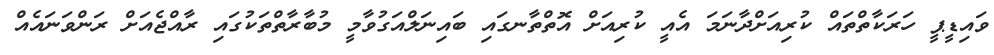
ވައިޑީޕީ ހަރަކާތްތައް ކުރިއަށްދާނަމަ އެއީ ކުރިއަށް އޮތްތާނގައި ބައިނަލްއަގުވާމީ މުބާރާތްތަކުގައި ރާއްޖެއަށް ރަންވަނައެއް